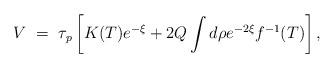
LaTeX: \begin{align*}V~=~ \tau_p\left[ K(T)e^{-\xi} + 2Q\int d\rho e^{-2\xi}f^{-1}(T)\right],\end{align*}